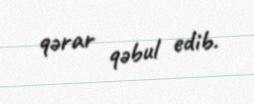
qərar qəbul edib.